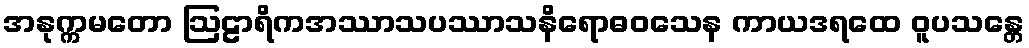
အနုက္ကမတော ဩဠာရိကအဿာသပဿာသနိရောဓဝသေန ကာယဒရထေ ဝူပသန္တေ